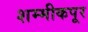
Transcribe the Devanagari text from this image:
शम्मीकपूर